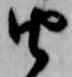
由